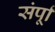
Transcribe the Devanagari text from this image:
संर्पूा